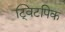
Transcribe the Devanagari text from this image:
ट्विटपिक